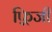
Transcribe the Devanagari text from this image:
फ़्रिजी